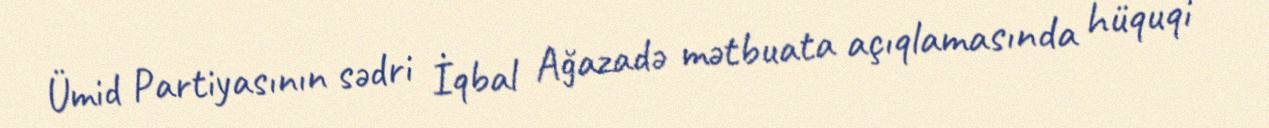
Ümid Partiyasının sədri İqbal Ağazadə mətbuata açıqlamasında hüquqi